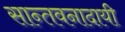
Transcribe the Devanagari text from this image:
सान्तवनादायी